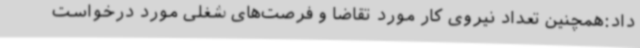
داد:همچنین تعداد نیروی کار مورد تقاضا و فرصت‌های شغلی مورد درخواست